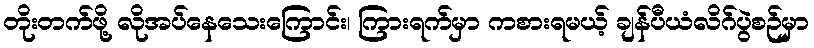
တိုးတက်ဖို့ လိုအပ်နေသေးကြောင်း၊ ကြားရက်မှာ ကစားရမယ့် ချန်ပီယံလိဂ်ပွဲစဉ်မှာ